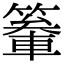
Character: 䉊